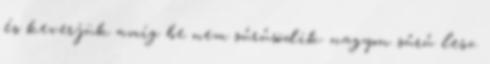
és keverjük amíg be nem sűrűsödik. nagyon sűrű lesz.